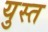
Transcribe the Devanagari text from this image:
युस्त